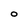
Character: O